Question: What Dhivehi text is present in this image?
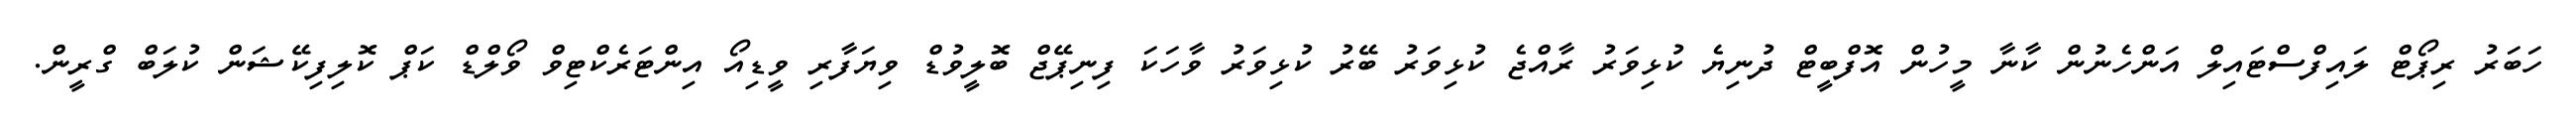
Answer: ހަބަރު ރިޕޯޓް ލައިފްސްޓައިލް އަންހެނުން ކާނާ މީހުން އޮފްބީޓް ދުނިޔެ ކުޅިވަރު ރާއްޖެ ކުޅިވަރު ބޭރު ކުޅިވަރު ވާހަކަ ފިނިޕޭޖް ބޮލީވުޑް ވިޔަފާރި ވީޑިއޯ އިންޓަރެކްޓިވް ވޯލްޑް ކަޕް ކޮލިފިކޭޝަން ކުލަބް ގްރީން.